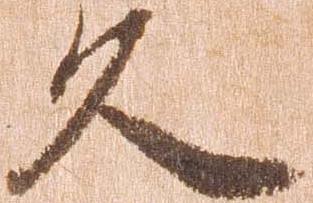
久